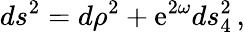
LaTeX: ds^{2}=d\rho^{2}+\mathrm{e}^{2\omega}ds_{4}^{2}\, ,